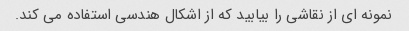
نمونه ای از نقاشی را بیابید که از اشکال هندسی استفاده می کند.